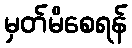
မှတ်မိစေရန်